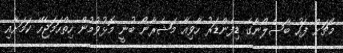
މެޗަށް ފަހު ބާސެލޯނާގެ ޑިފެންޑަރު ހާވިއާ މަޝެރާނޯ ބުނީ މޮޅުވުމުން ހިތްހަމަޖެހޭ ކަމަށާއި